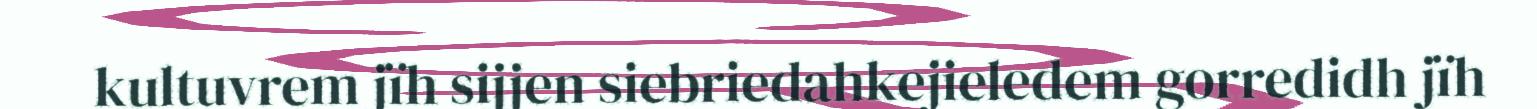
kultuvrem jïh sijjen siebriedahkejieledem gorredidh jïh